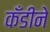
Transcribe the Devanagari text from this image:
कँडीने